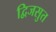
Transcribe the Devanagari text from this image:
द्विजसुत